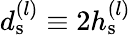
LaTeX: d_{\mathrm{s}}^{(l)}\equiv 2h_{\mathrm{s}}^{(l)}